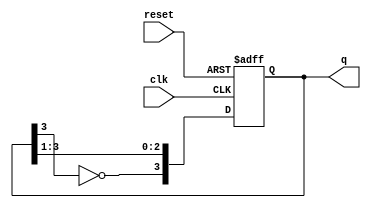
module johnson_counter (
    input wire clk,        // Clock signal
    input wire reset,      // Asynchronous reset signal
    output reg [n-1:0] q   // Counter output (n stages)
);

parameter n = 4; // Number of flip-flops (stages) in the Johnson counter
reg [n-1:0] internal_reg; // Internal register to hold the state

always @(posedge clk or posedge reset) begin
    if (reset) begin
        internal_reg <= 0; // Reset the counter to zero
    end else begin
        internal_reg <= {~internal_reg[n-1], internal_reg[n-1:1]}; // Shift left and feed back inverted last bit
    end
end

assign q = internal_reg; // Assign the internal state to output

endmodule